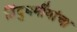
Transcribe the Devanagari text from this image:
हिंदुधर्मीयांचा